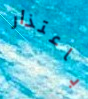
باعتذار